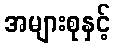
အများစုနှင့်